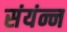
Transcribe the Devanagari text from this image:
संयंन्न